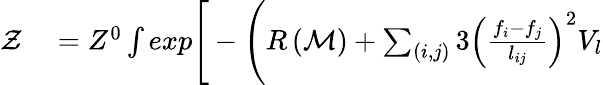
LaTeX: \begin{array}{rl}{\mathcal{Z}}&{{}=Z^{0}\int exp\Bigg[-\Bigg(R\left(\mathcal{M}\right)+\sum_{(i,j)}3\left(\frac{f_{i}-f_{j}}{l_{ij}}\right)^{2}V_{l}}\end{array}